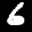
Label: 6